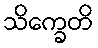
သိက္ခေတိ